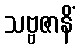
သဗ္ဗဇာနိံ